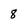
Character: 8